Tezpur Lunatic Asylum reports 1895-1904 - 1895-1904
Year: 1895
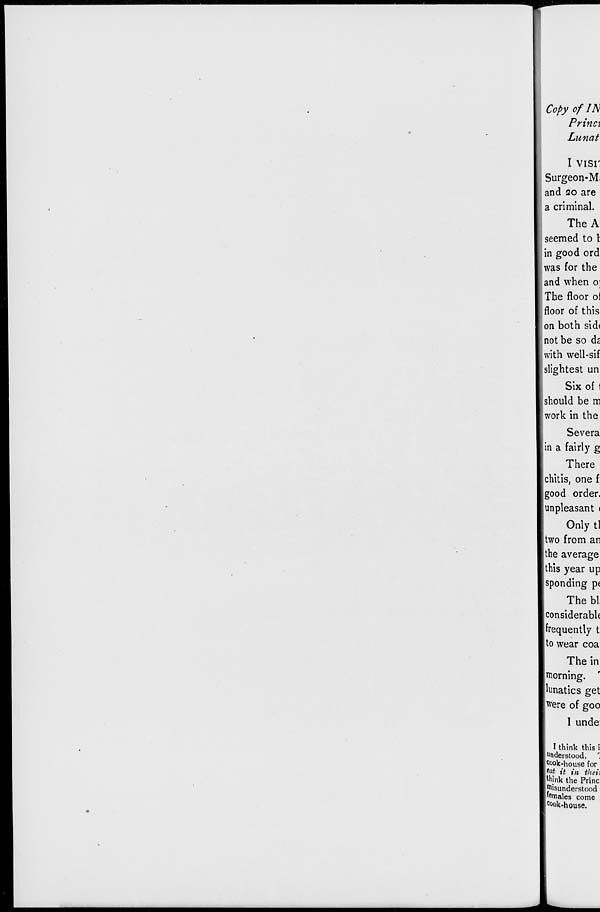
Copy of IN
Prina
Lunat
I visr
Surgeon-M,
and 20 are
a criminal.
The A
seemed to t
in good ord
was for the
and when o]
The floor ol
floor of this
on both sid<
not be so dz
with well-sif
slightest un
Six of 1
.should be m
work in the
Severa
in a fairly g
There
Ichitis, one f:
good order,
[unpleasant <
Only tl
[two from an
the average
this year up
jsponding pe
The bl.
[considerable
[frequently t
to wear coa
The in
morning,
lunatics get
Were of goo
I unde:
I think this i
understood. ".
cook-house for
tat it in tlieh
Uijnk the Princ
Misunderstood
females come
c°o k-house.